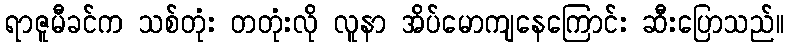
ရာဇူမီခင်က သစ်တုံး တတုံးလို လူနာ အိပ်မောကျနေကြောင်း ဆီးပြောသည်။